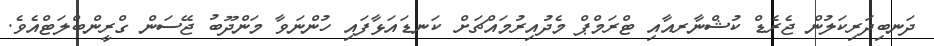
ދަނބިދަރިކަލުން ޖެރެޑް ކުޝްނާރއާއި ޓްރަމްޕް މެދުއިރުމައްޗަށް ކަނޑައަޅާފައި ހުންނަވާ މަންދޫބު ޖޭސަން ގްރީންބްލަޓްއެވެ.